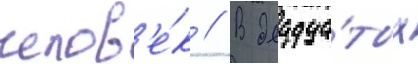
челов'е́к // В двадца́тых